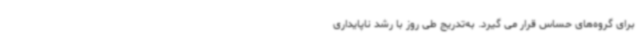
برای گروه‌های حساس قرار می گیرد. به‌تدریج طی روز با رشد ناپایداری